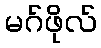
မဂ်ဖိုလ်